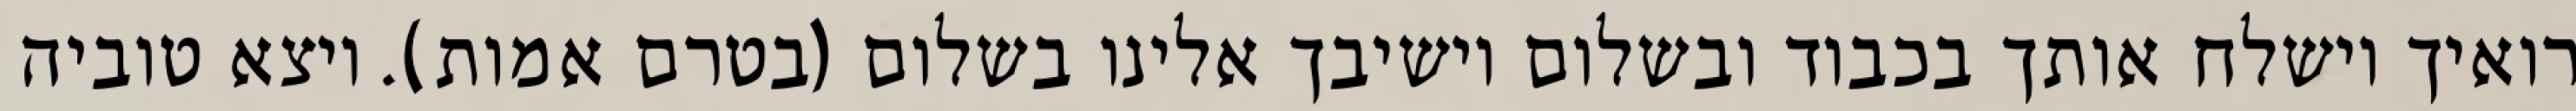
רואיך וישלח אותך בכבוד ובשלום וישיבך אלינו בשלום (בטרם אמות). ויצא טוביה